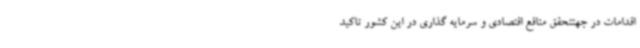
اقدامات در جهتتحقق منافع اقتصادی و سرمایه گذاری در این کشور تاکید